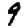
Digit: 9